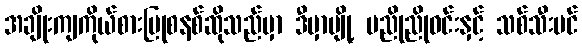
အချိုးကျကိုယ်စားပြုစနစ်ဆိုသည်မှာ ဒီမှာဗျို့ မညိုညိုဝင်းနှင့် သစ်သီးပင်